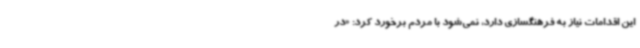
این اقدامات نیاز به فرهنگسازی دارد، نمی‌شود با مردم برخورد کرد: «در